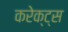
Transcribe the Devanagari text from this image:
करेक्ट्स